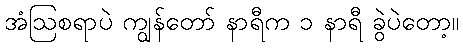
အံဩစရာပဲ ကျွန်တော် နာရီက ၁ နာရီ ခွဲပဲတော့။